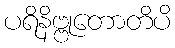
ပရိနိဗ္ဗုတောတိပိ